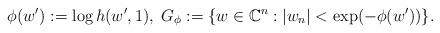
LaTeX: \begin{align*}\phi(w^{\prime}):=\log h(w^{\prime},1),\; G_{\phi}:=\{w\in\mathbb{C}^n:|w_n|<\exp(-\phi(w^{\prime}))\}.\end{align*}